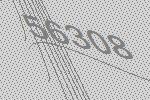
56308